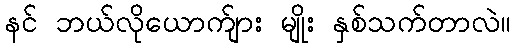
နင် ဘယ်လိုယောက်ျား မျိုး နှစ်သက်တာလဲ။